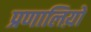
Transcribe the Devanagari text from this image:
प्रणालिय़ों